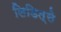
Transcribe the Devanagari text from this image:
लिडित्से